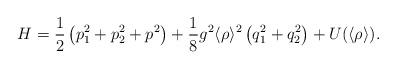
LaTeX: \begin{align*}H = \frac{1}{2}\left(p_1^2 + p_2^2 + p^2\right) + \frac{1}{8} g^{2} \langle\rho\rangle^{2} \left(q_1^2 + q_2^2\right) + U(\langle \rho\rangle).\end{align*}